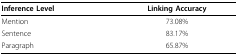
<table><thead><tr><td><b>Inference Level</b></td><td><b>Linking Accuracy</b></td></tr></thead><tbody><tr><td>Mention</td><td>73.08%</td></tr><tr><td>Sentence</td><td>83.17%</td></tr><tr><td>Paragraph</td><td>65.87%</td></tr></tbody></table>